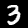
Digit: 3